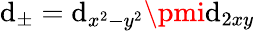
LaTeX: \mathrm{d}_{\pm}=\mathrm{d}_{x^{2}-y^{2}}\pmi\mathrm{d}_{2xy}